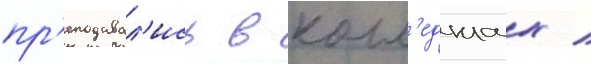
пр'еподавал'ись в колл'еджах /